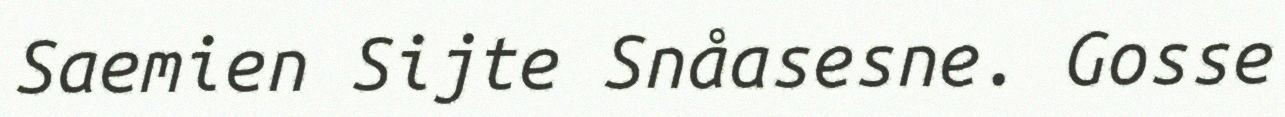
Saemien Sijte Snåasesne. Gosse